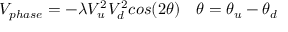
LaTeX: V _ { p h a s e } = - \lambda V _ { u } ^ { 2 } V _ { d } ^ { 2 } c o s ( 2 \theta ) \quad \theta = \theta _ { u } - \theta _ { d }